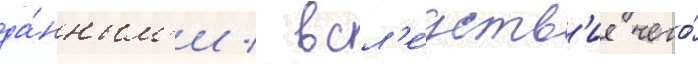
да́нным'и / всл'е́дств'ие чего́